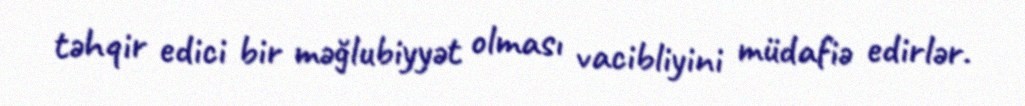
təhqir edici bir məğlubiyyət olması vacibliyini müdafiə edirlər.